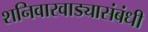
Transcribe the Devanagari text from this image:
शनिवारवाड्यासंबंधी